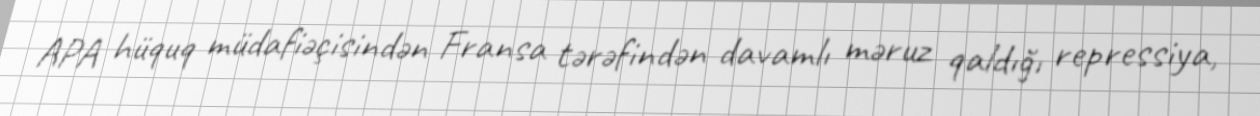
APA hüquq müdafiəçisindən Fransa tərəfindən davamlı məruz qaldığı repressiya,